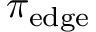
\pi _ { \mathrm { e d g e } }